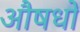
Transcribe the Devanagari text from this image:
औषधो